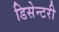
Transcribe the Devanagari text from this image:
डिसेन्टरी